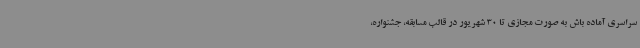
سراسری آماده باش به صورت مجازی تا 30 شهریور در قالب مسابقه، جشنواره،